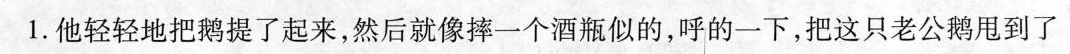
1.他轻轻地把鹅提了起来，然后就像摔一个酒瓶似的，呼的一下，把这只老公鹅甩到了